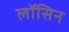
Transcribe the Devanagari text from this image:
लॉसिन